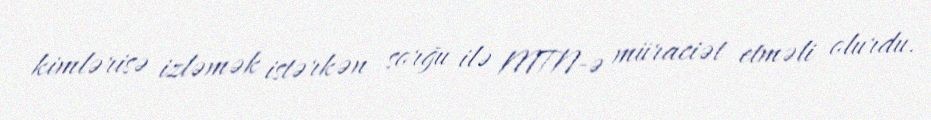
kimlərisə izləmək istərkən sorğu ilə MTN-ə müraciət etməli olurdu.